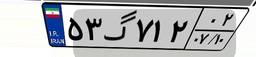
۷۹گ۶۷۵۳۱